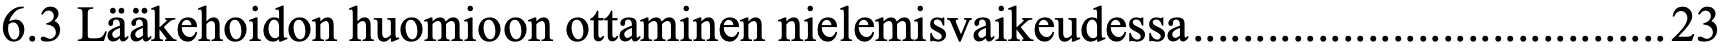
6.3 Lääkehoidon huomioon ottaminen nielemisvaikeudessa ...................................... 23